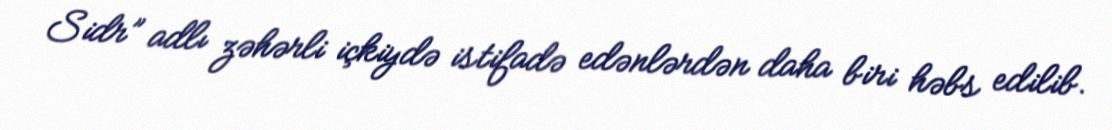
Sidr” adlı zəhərli içkiydə istifadə edənlərdən daha biri həbs edilib.